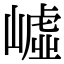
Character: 㠊